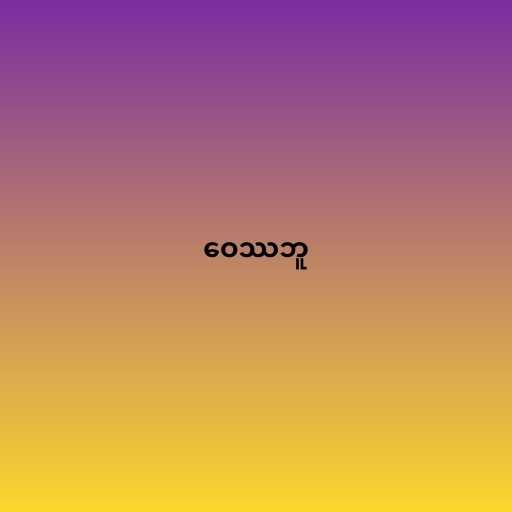
ဝေဿဘူ